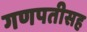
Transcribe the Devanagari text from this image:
गणपतीसह